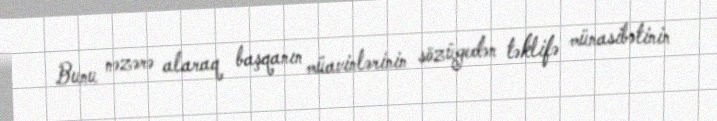
Bunu nəzərə alaraq başqanın müavinlərinin sözügedən təklifə münasibətinin